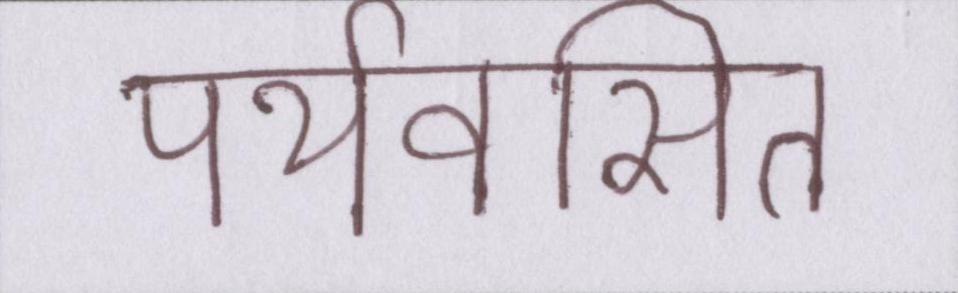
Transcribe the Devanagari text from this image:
पर्यवसित